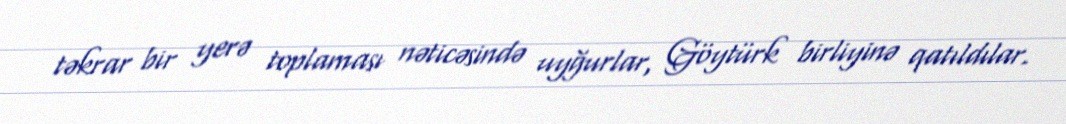
təkrar bir yerə toplaması nəticəsində uyğurlar, Göytürk birliyinə qatıldılar.